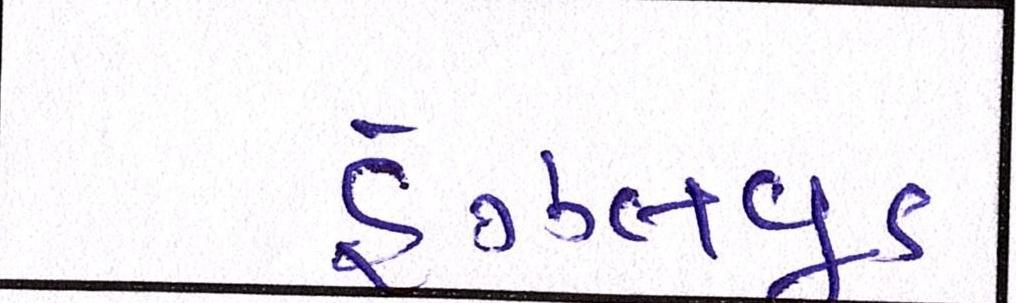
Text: હેઝલવૂડ